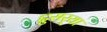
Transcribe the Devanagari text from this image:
द्दुसर्‍या